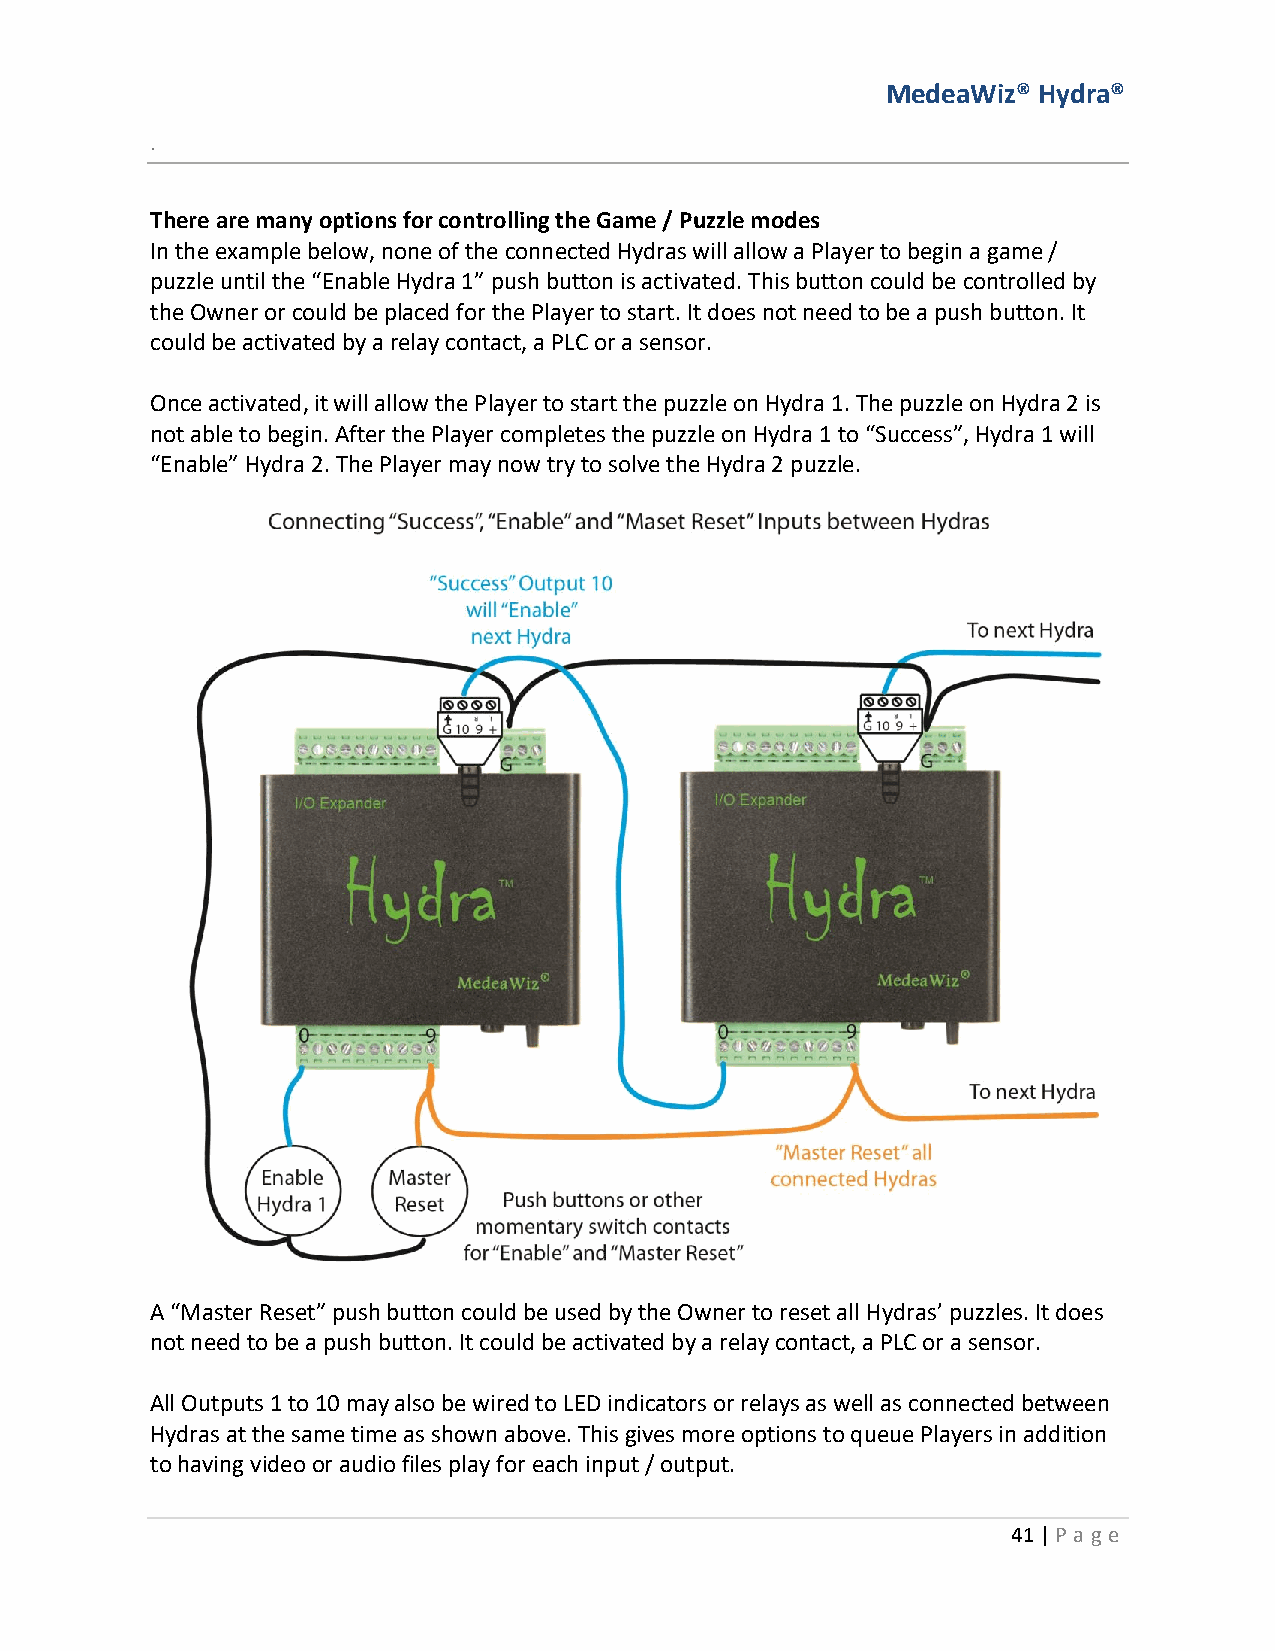
MedeaWiz® Hydra®
 .
 There are many options for controlling the Game / Puzzle modes
 In the example below, none of the connected Hydras will allow a Player to begin a game /
 puzzle until the “Enable Hydra 1” push button is activated. This button could be controlled by
 the Owner or could be placed for the Player to start. It does not need to be a push button. It
 could be activated by a relay contact, a PLC or a sensor.
 Once activated, it will allow the Player to start the puzzle on Hydra 1. The puzzle on Hydra 2 is
 not able to begin. After the Player completes the puzzle on Hydra 1 to “Success”, Hydra 1 will
 “Enable” Hydra 2. The Player may now try to solve the Hydra 2 puzzle.
 A “Master Reset” push button could be used by the Owner to reset all Hydras’ puzzles. It does
 not need to be a push button. It could be activated by a relay contact, a PLC or a sensor.
 All Outputs 1 to 10 may also be wired to LED indicators or relays as well as connected between
 Hydras at the same time as shown above. This gives more options to queue Players in addition
 to having video or audio files play for each input / output.
 41 | P age